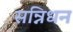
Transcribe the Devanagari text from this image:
सन्निधन